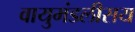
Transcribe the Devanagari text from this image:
वायुमंडलीसय